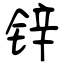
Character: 锌